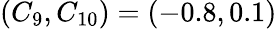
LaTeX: (C_{9},C_{10})=(-0.8,0.1)